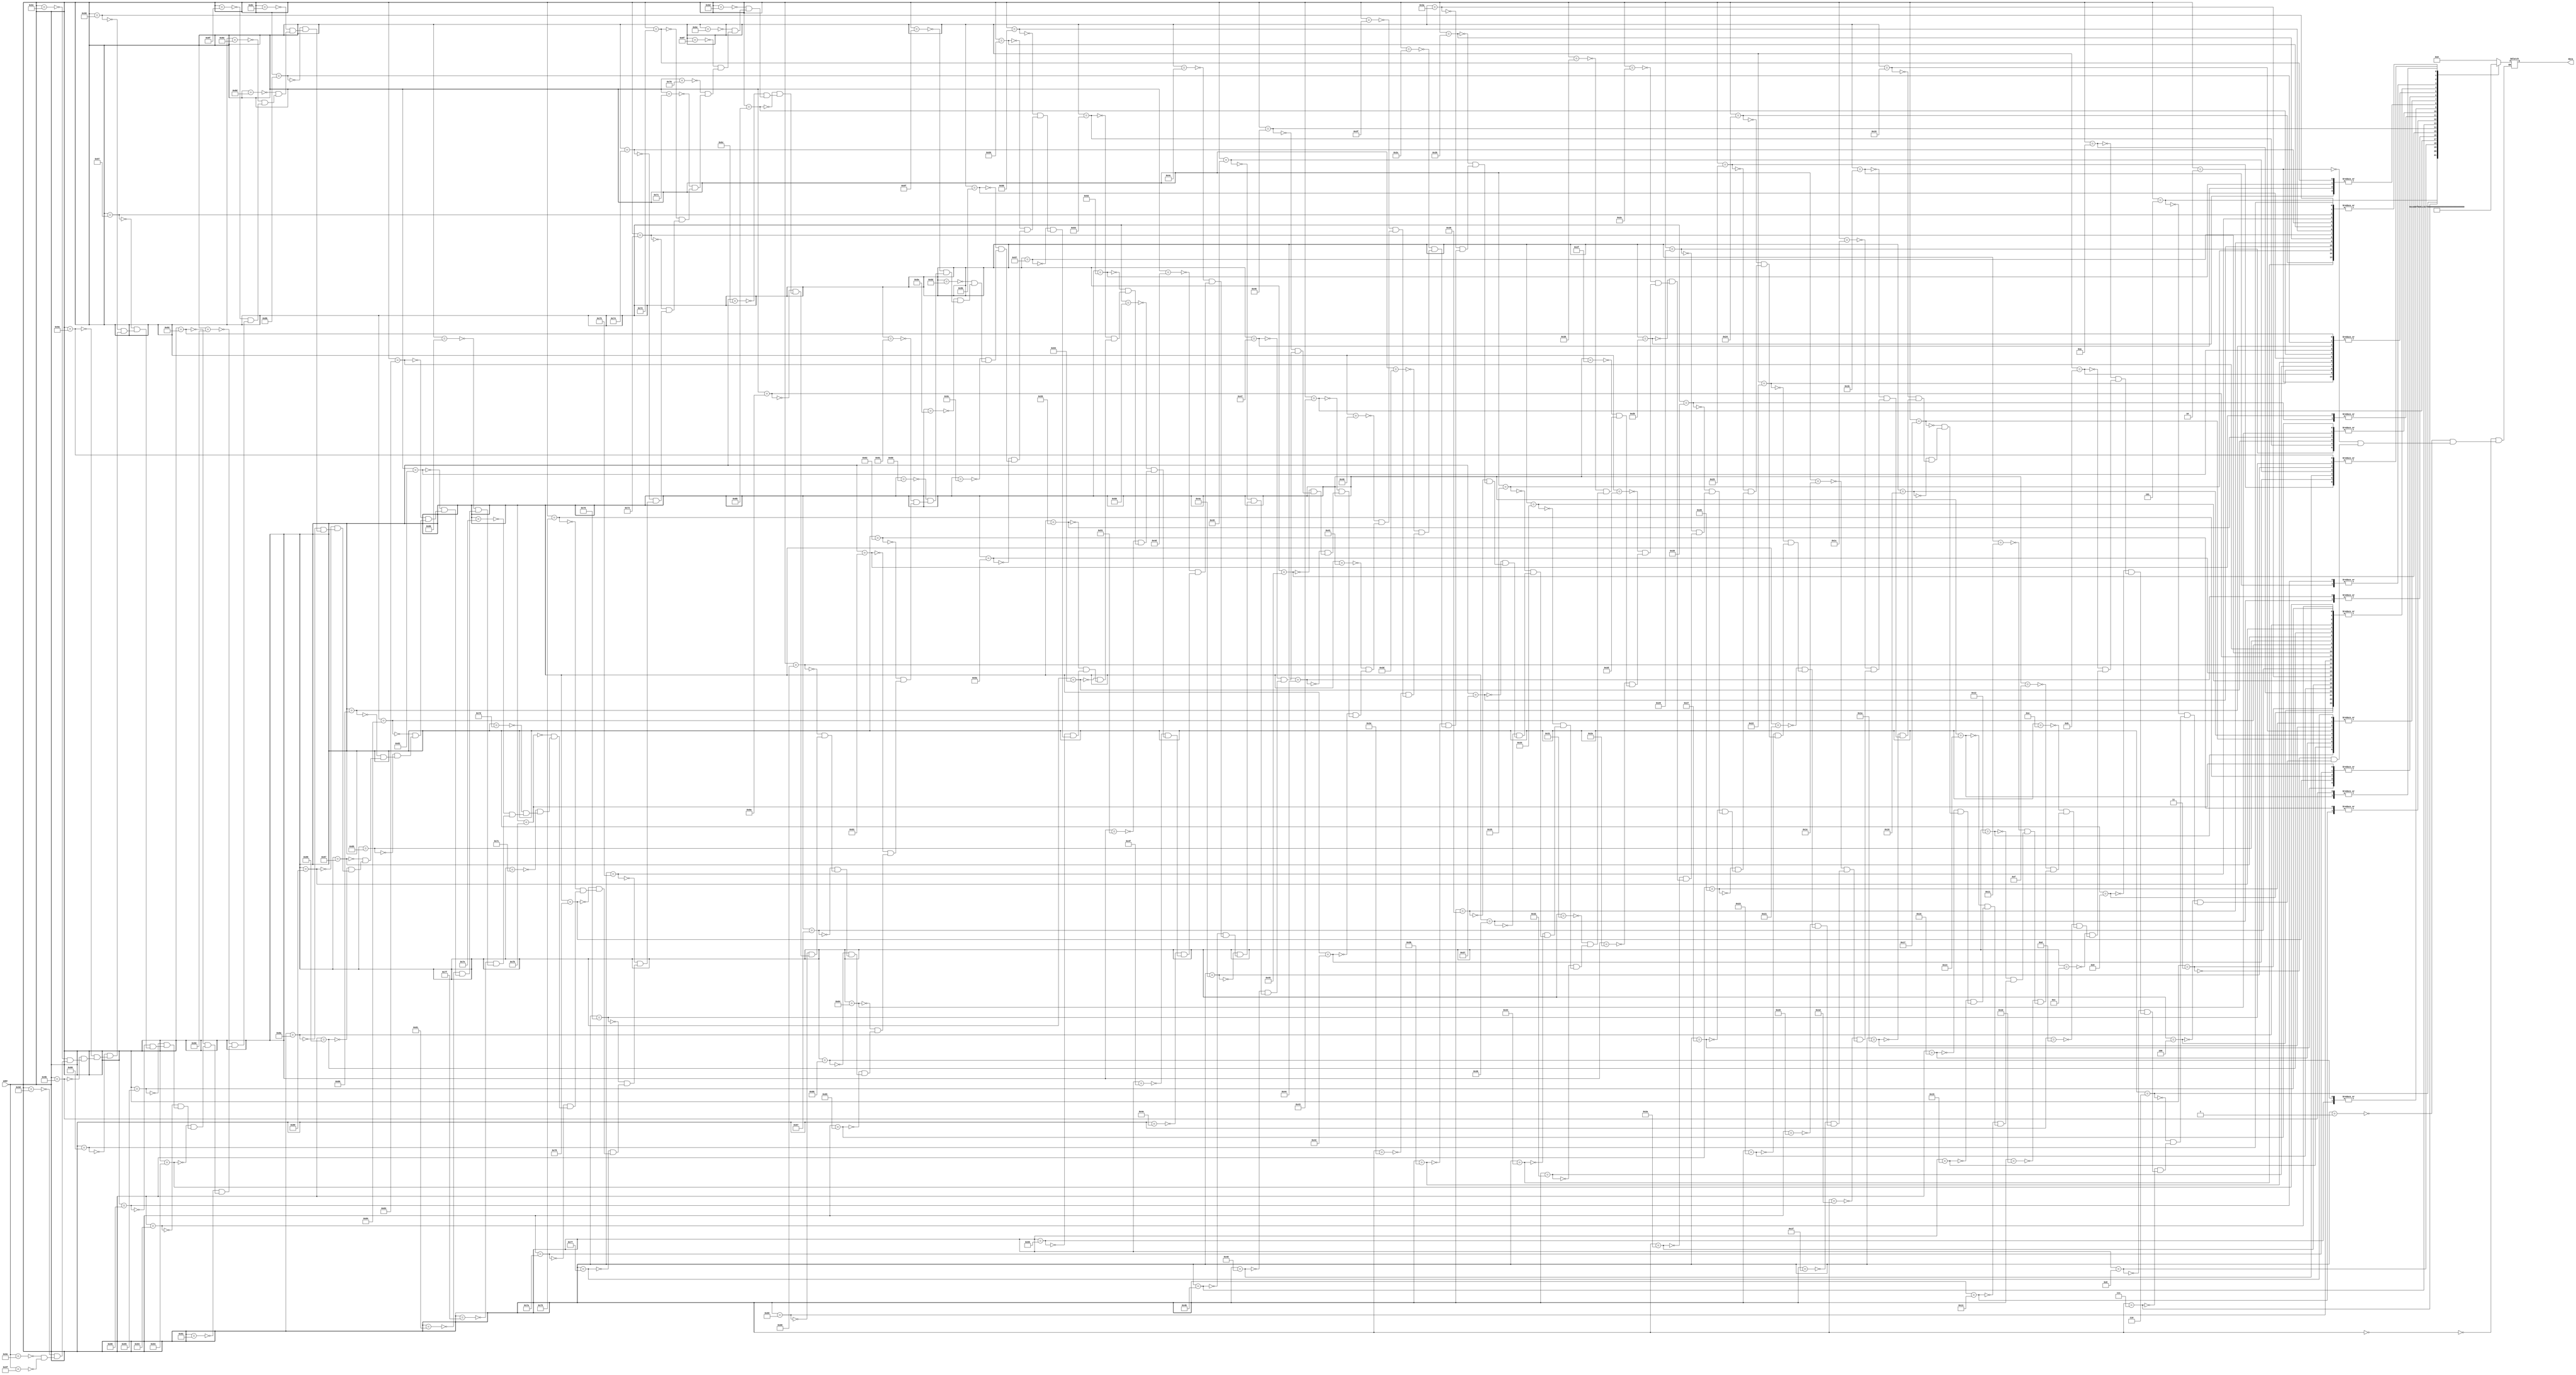
`timescale 1ns / 1ps
// ROM with synchonous read (inferring Block RAM)
// character ROM
//  - 8-by-16 (8-by-2^4) font
//  - 128 (2^7) characters
//  - ROM size: 512-by-8 (2^11-by-8) bits
//              16K bits: 1 BRAM

module char_rom
    (
        input  wire [7:0] addr,            // {char_code[3:0], char_line[3:0]}
        output reg  [7:0]  data // pixels of the character line
    );

    // signal declaration

    // body
   

    always @*
        case (addr)

            8'h00: data = 8'b00000000; //
            8'h01: data = 8'b00000000; //
            8'h02: data = 8'b01111100; //  *****
            8'h03: data = 8'b11000110; // **   **
            8'h04: data = 8'b11000110; // **   **
            8'h05: data = 8'b11001110; // **  ***
            8'h06: data = 8'b11011110; // ** ****
            8'h07: data = 8'b11110110; // **** **
            8'h08: data = 8'b11100110; // ***  **
            8'h09: data = 8'b11000110; // **   **
            8'h0a: data = 8'b11000110; // **   **
            8'h0b: data = 8'b01111100; //  *****
            8'h0c: data = 8'b00000000; //
            8'h0d: data = 8'b00000000; //
            8'h0e: data = 8'b00000000; //
            8'h0f: data = 8'b00000000; //
            //code x31
            8'h10: data = 8'b00000000; //
            8'h11: data = 8'b00000000; //
            8'h12: data = 8'b00011000; //
            8'h13: data = 8'b00111000; //
            8'h14: data = 8'b01111000; //    **
            8'h15: data = 8'b00011000; //   ***
            8'h16: data = 8'b00011000; //  ****
            8'h17: data = 8'b00011000; //    **
            8'h18: data = 8'b00011000; //    **
            8'h19: data = 8'b00011000; //    **
            8'h1a: data = 8'b00011000; //    **
            8'h1b: data = 8'b01111110; //    **
            8'h1c: data = 8'b00000000; //    **
            8'h1d: data = 8'b00000000; //  ******
            8'h1e: data = 8'b00000000; //
            8'h1f: data = 8'b00000000; //
            //code x32
            8'h20: data = 8'b00000000; //
            8'h21: data = 8'b00000000; //
            8'h22: data = 8'b01111100; //  *****
            8'h23: data = 8'b11000110; // **   **
            8'h24: data = 8'b00000110; //      **
            8'h25: data = 8'b00001100; //     **
            8'h26: data = 8'b00011000; //    **
            8'h27: data = 8'b00110000; //   **
            8'h28: data = 8'b01100000; //  **
            8'h29: data = 8'b11000000; // **
            8'h2a: data = 8'b11000110; // **   **
            8'h2b: data = 8'b11111110; // *******
            8'h2c: data = 8'b00000000; //
            8'h2d: data = 8'b00000000; //
            8'h2e: data = 8'b00000000; //
            8'h2f: data = 8'b00000000; //
            //coe x33
            8'h30: data = 8'b00000000; //
            8'h31: data = 8'b00000000; //
            8'h32: data = 8'b01111100; //  *****
            8'h33: data = 8'b11000110; // **   **
            8'h34: data = 8'b00000110; //      **
            8'h35: data = 8'b00000110; //      **
            8'h36: data = 8'b00111100; //   ****
            8'h37: data = 8'b00000110; //      **
            8'h38: data = 8'b00000110; //      **
            8'h39: data = 8'b00000110; //      **
            8'h3a: data = 8'b11000110; // **   **
            8'h3b: data = 8'b01111100; //  *****
            8'h3c: data = 8'b00000000; //
            8'h3d: data = 8'b00000000; //
            8'h3e: data = 8'b00000000; //
            8'h3f: data = 8'b00000000; //
            //coe x34
            8'h40: data = 8'b00000000; //
            8'h41: data = 8'b00000000; //
            8'h42: data = 8'b00001100; //     **
            8'h43: data = 8'b00011100; //    ***
            8'h44: data = 8'b00111100; //   ****
            8'h45: data = 8'b01101100; //  ** **
            8'h46: data = 8'b11001100; // **  **
            8'h47: data = 8'b11111110; // *******
            8'h48: data = 8'b00001100; //     **
            8'h49: data = 8'b00001100; //     **
            8'h4a: data = 8'b00001100; //     **
            8'h4b: data = 8'b00011110; //    ****
            8'h4c: data = 8'b00000000; //
            8'h4d: data = 8'b00000000; //
            8'h4e: data = 8'b00000000; //
            8'h4f: data = 8'b00000000; //
            //coe x35
            8'h50: data = 8'b00000000; //
            8'h51: data = 8'b00000000; //
            8'h52: data = 8'b11111110; // *******
            8'h53: data = 8'b11000000; // **
            8'h54: data = 8'b11000000; // **
            8'h55: data = 8'b11000000; // **
            8'h56: data = 8'b11111100; // ******
            8'h57: data = 8'b00000110; //      **
            8'h58: data = 8'b00000110; //      **
            8'h59: data = 8'b00000110; //      **
            8'h5a: data = 8'b11000110; // **   **
            8'h5b: data = 8'b01111100; //  *****
            8'h5c: data = 8'b00000000; //
            8'h5d: data = 8'b00000000; //
            8'h5e: data = 8'b00000000; //
            8'h5f: data = 8'b00000000; //
            //coe x36
            8'h60: data = 8'b00000000; //
            8'h61: data = 8'b00000000; //
            8'h62: data = 8'b00111000; //   ***
            8'h63: data = 8'b01100000; //  **
            8'h64: data = 8'b11000000; // **
            8'h65: data = 8'b11000000; // **
            8'h66: data = 8'b11111100; // ******
            8'h67: data = 8'b11000110; // **   **
            8'h68: data = 8'b11000110; // **   **
            8'h69: data = 8'b11000110; // **   **
            8'h6a: data = 8'b11000110; // **   **
            8'h6b: data = 8'b01111100; //  *****
            8'h6c: data = 8'b00000000; //
            8'h6d: data = 8'b00000000; //
            8'h6e: data = 8'b00000000; //
            8'h6f: data = 8'b00000000; //
            //coe x37
            8'h70: data = 8'b00000000; //
            8'h71: data = 8'b00000000; //
            8'h72: data = 8'b11111110; // *******
            8'h73: data = 8'b11000110; // **   **
            8'h74: data = 8'b00000110; //      **
            8'h75: data = 8'b00000110; //      **
            8'h76: data = 8'b00001100; //     **
            8'h77: data = 8'b00011000; //    **
            8'h78: data = 8'b00110000; //   **
            8'h79: data = 8'b00110000; //   **
            8'h7a: data = 8'b00110000; //   **
            8'h7b: data = 8'b00110000; //   **
            8'h7c: data = 8'b00000000; //
            8'h7d: data = 8'b00000000; //
            8'h7e: data = 8'b00000000; //
            8'h7f: data = 8'b00000000; //
            //coe x38
            8'h80: data = 8'b00000000; //
            8'h81: data = 8'b00000000; //
            8'h82: data = 8'b01111100; //  *****
            8'h83: data = 8'b11000110; // **   **
            8'h84: data = 8'b11000110; // **   **
            8'h85: data = 8'b11000110; // **   **
            8'h86: data = 8'b01111100; //  *****
            8'h87: data = 8'b11000110; // **   **
            8'h88: data = 8'b11000110; // **   **
            8'h89: data = 8'b11000110; // **   **
            8'h8a: data = 8'b11000110; // **   **
            8'h8b: data = 8'b01111100; //  *****
            8'h8c: data = 8'b00000000; //
            8'h8d: data = 8'b00000000; //
            8'h8e: data = 8'b00000000; //
            8'h8f: data = 8'b00000000; //
            //coe x39
            8'h90: data = 8'b00000000; //
            8'h91: data = 8'b00000000; //
            8'h92: data = 8'b01111100; //  *****
            8'h93: data = 8'b11000110; // **   **
            8'h94: data = 8'b11000110; // **   **
            8'h95: data = 8'b11000110; // **   **
            8'h96: data = 8'b01111110; //  ******
            8'h97: data = 8'b00000110; //      **
            8'h98: data = 8'b00000110; //      **
            8'h99: data = 8'b00000110; //      **
            8'h9a: data = 8'b00001100; //     **
            8'h9b: data = 8'b01111000; //  ****
            8'h9c: data = 8'b00000000; //
            8'h9d: data = 8'b00000000; //
            8'h9e: data = 8'b00000000; //
            8'h9f: data = 8'b00000000; //
         endcase

endmodule